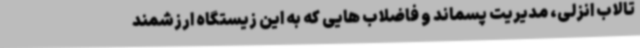
تالاب انزلی، مدیریت پسماند و فاضلاب هایی که به این زیستگاه ارزشمند